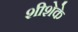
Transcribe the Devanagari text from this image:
शीशेके